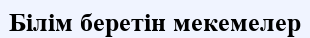
Білім беретін мекемелер